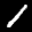
Label: 1